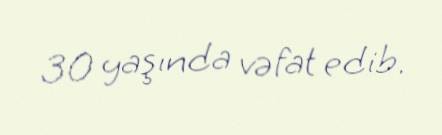
30 yaşında vəfat edib.